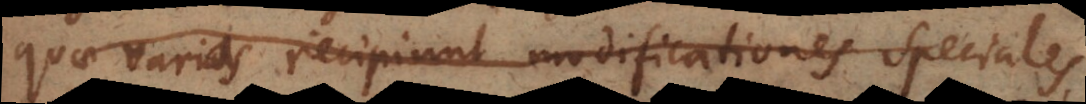
quae varias recipiunt modificationes speciales